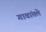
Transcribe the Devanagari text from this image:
गावांतले